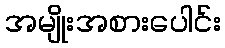
အမျိုးအစားပေါင်း